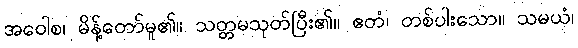
အဝေါစ၊ မိန့်တော်မူ၏။ သတ္တမသုတ်ပြီး၏။ ဧတံ၊ တစ်ပါးသော။ သမယံ၊